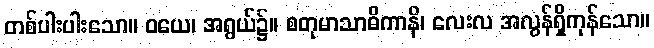
တစ်ပါးပါးသော။ ဝယေ၊ အရွယ်၌။ စတုမာသာဓိကာနိ၊ လေးလ အလွန်ရှိကုန်သော။